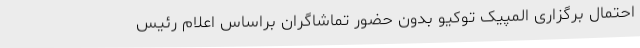
احتمال برگزاری المپیک توکیو بدون حضور تماشاگران براساس اعلام رئیس